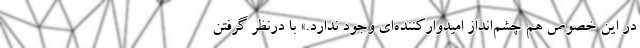
در این خصوص هم چشم‌انداز امیدوارکننده‌ای وجود ندارد.» با درنظر گرفتن